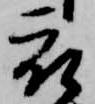
被